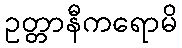
ဥတ္တာနီကရောမိ